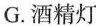
G.酒精灯